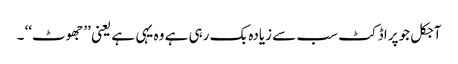
آجکل جو پراڈکٹ سب سے زیادہ بک رہی ہے وہ یہی ہے یعنی ’’جھوٹ‘‘ ۔